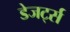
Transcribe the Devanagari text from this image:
डेजर्ट्स